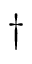
\dagger